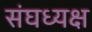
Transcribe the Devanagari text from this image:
संघध्यक्ष